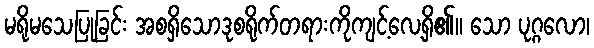
မရိုမသေပြုခြင်း အစရှိသောဒုစရိုက်တရားကိုကျင့်လေ့ရှိ၏။ သော ပုဂ္ဂလော၊